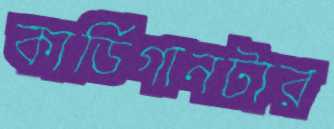
কার্ডিগানটার